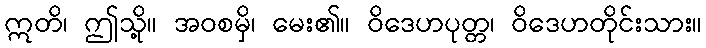
ဣတိ၊ ဤသို့။ အဝစမှိ၊ မေး၏။ ဝိဒေဟပုတ္တ၊ ဝိဒေဟတိုင်းသား။